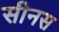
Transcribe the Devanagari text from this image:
सीनस